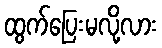
ထွက်ပြေးမလို့လား